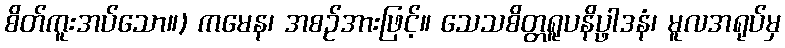
စိတ်ကူးအပ်သော။) ကမေန၊ အစဉ်အားဖြင့်။ သေသစိတ္တရူပနိပ္ဖာဒနံ၊ မူလအရုပ်မှ